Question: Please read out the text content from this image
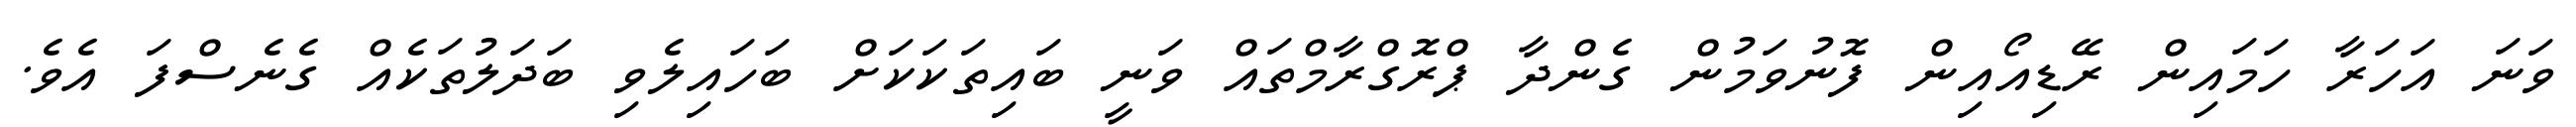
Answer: ވަނަ އަހަރާ ހަމައިން ރޭޑިއޯއިން ފޮނުވަމުން ގެންދާ ޕްރޮގްރާމްތައް ވަނީ ބައިތަކަކަށް ބަހައިލެވި ބަދަލުތަކެއް ގެނެސްފަ އެވެ.